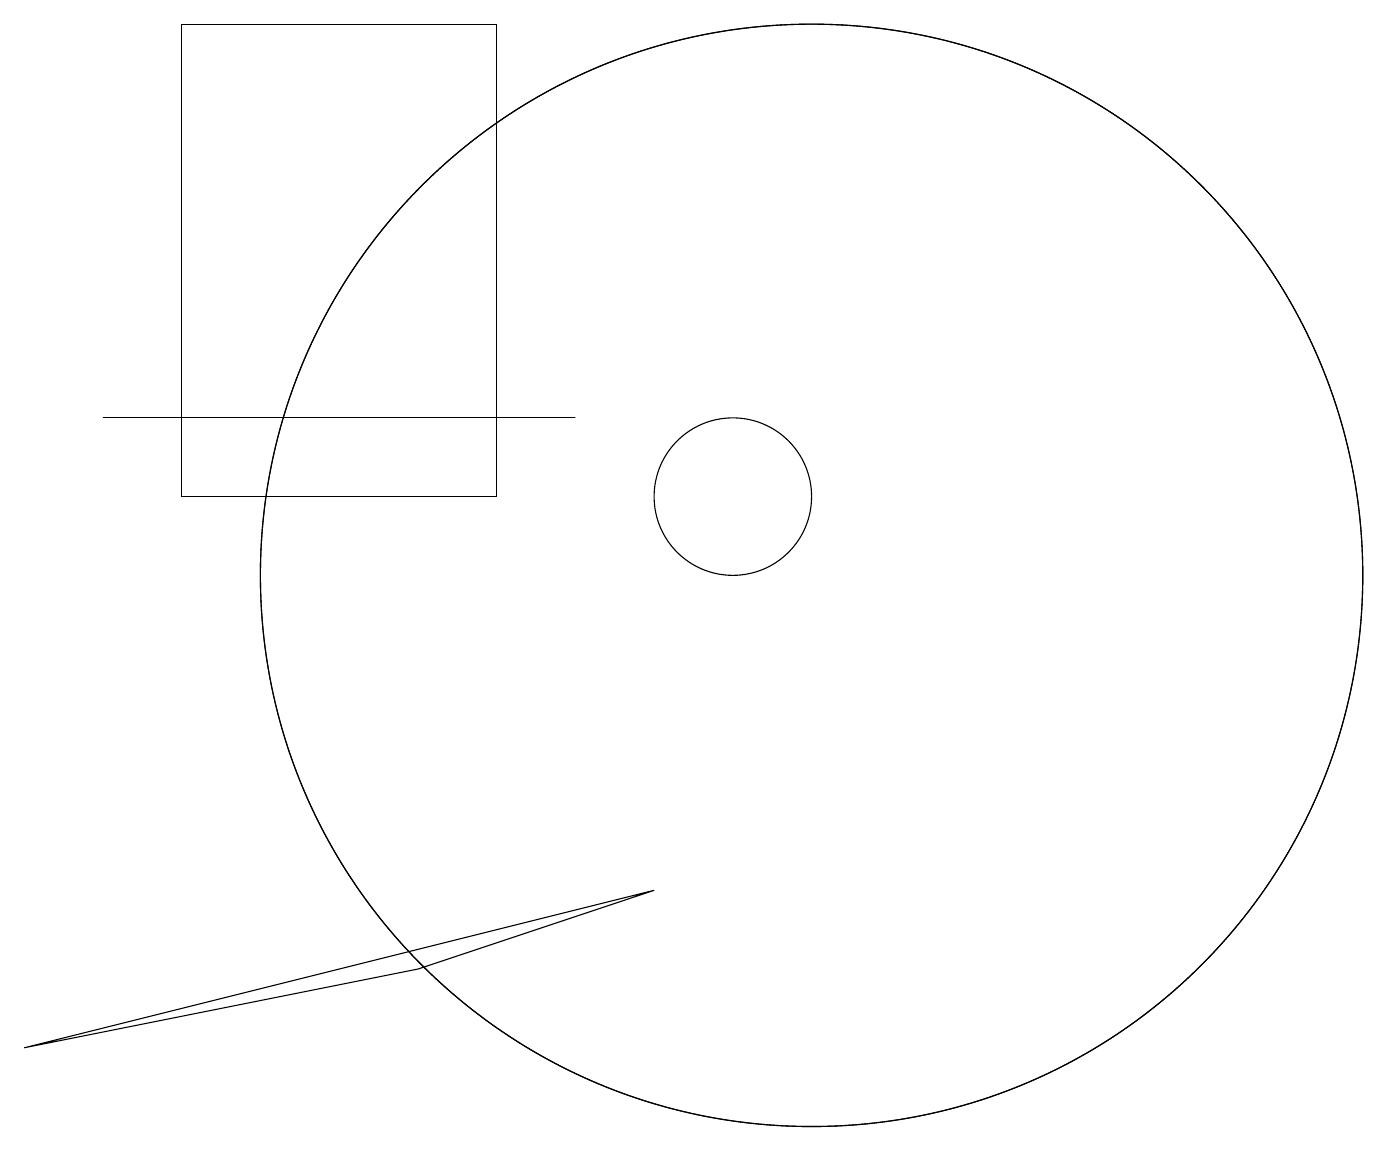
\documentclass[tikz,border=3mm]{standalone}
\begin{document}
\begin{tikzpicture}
\draw (11,10) circle (7);
\draw (10,11) circle (1);
\draw (11,10) circle (7);
\draw (6,5) -- (9,6) -- (1,4) -- cycle;
\draw (3,11) rectangle (7,17);
\draw (8,12) rectangle (2,12);
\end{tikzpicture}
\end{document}